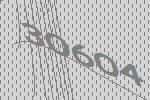
30604